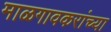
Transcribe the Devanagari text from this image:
माळगावकरांच्या